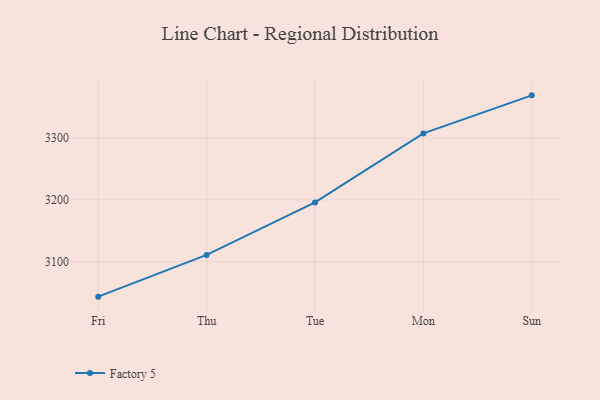
{"axis": {"x": "Day", "y": "Net Income (USD K)"}, "legend": ["Factory 5"], "data": [{"x": "Fri", "y": 3043.1, "type": "Factory 5"}, {"x": "Thu", "y": 3110.8, "type": "Factory 5"}, {"x": "Tue", "y": 3195.8, "type": "Factory 5"}, {"x": "Mon", "y": 3307.7, "type": "Factory 5"}, {"x": "Sun", "y": 3369.4, "type": "Factory 5"}]}